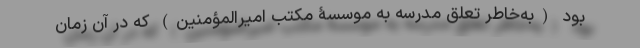
بود (به‌خاطر تعلق مدرسه به موسسۀ مکتب امیر‌المؤمنین) که در آن زمان